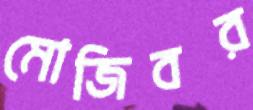
মোজিবর